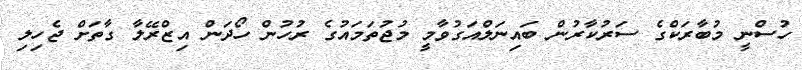
ހުސްނީ މުބާރަކްގެ ސަރުކާރުން ބައިނަލްއަގުވާމީ މުޖުތަމައުގެ ރުހުން ހޯދަން އިޒްރޭލާ ގާތަށް ޖެހިލި